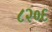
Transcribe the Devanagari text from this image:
८२०६